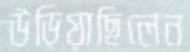
উড়িয়াছিলেন